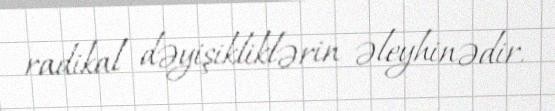
radikal dəyişikliklərin əleyhinədir.